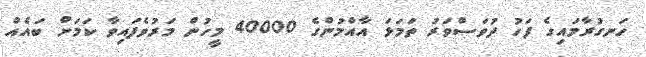
ހަނގުރާމައިގެ ފަހު ދުވަަސްވަރު ތަމަޅަ އާއްމުންގެ 40000 މީހުން މަރުވެފައިވާ ކަމަށް ބައެއް